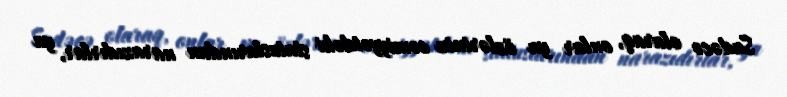
Sadəcə olaraq, onlar ya özlərinin cəmiyyətdəki statuslarından narazıdırlar, ya